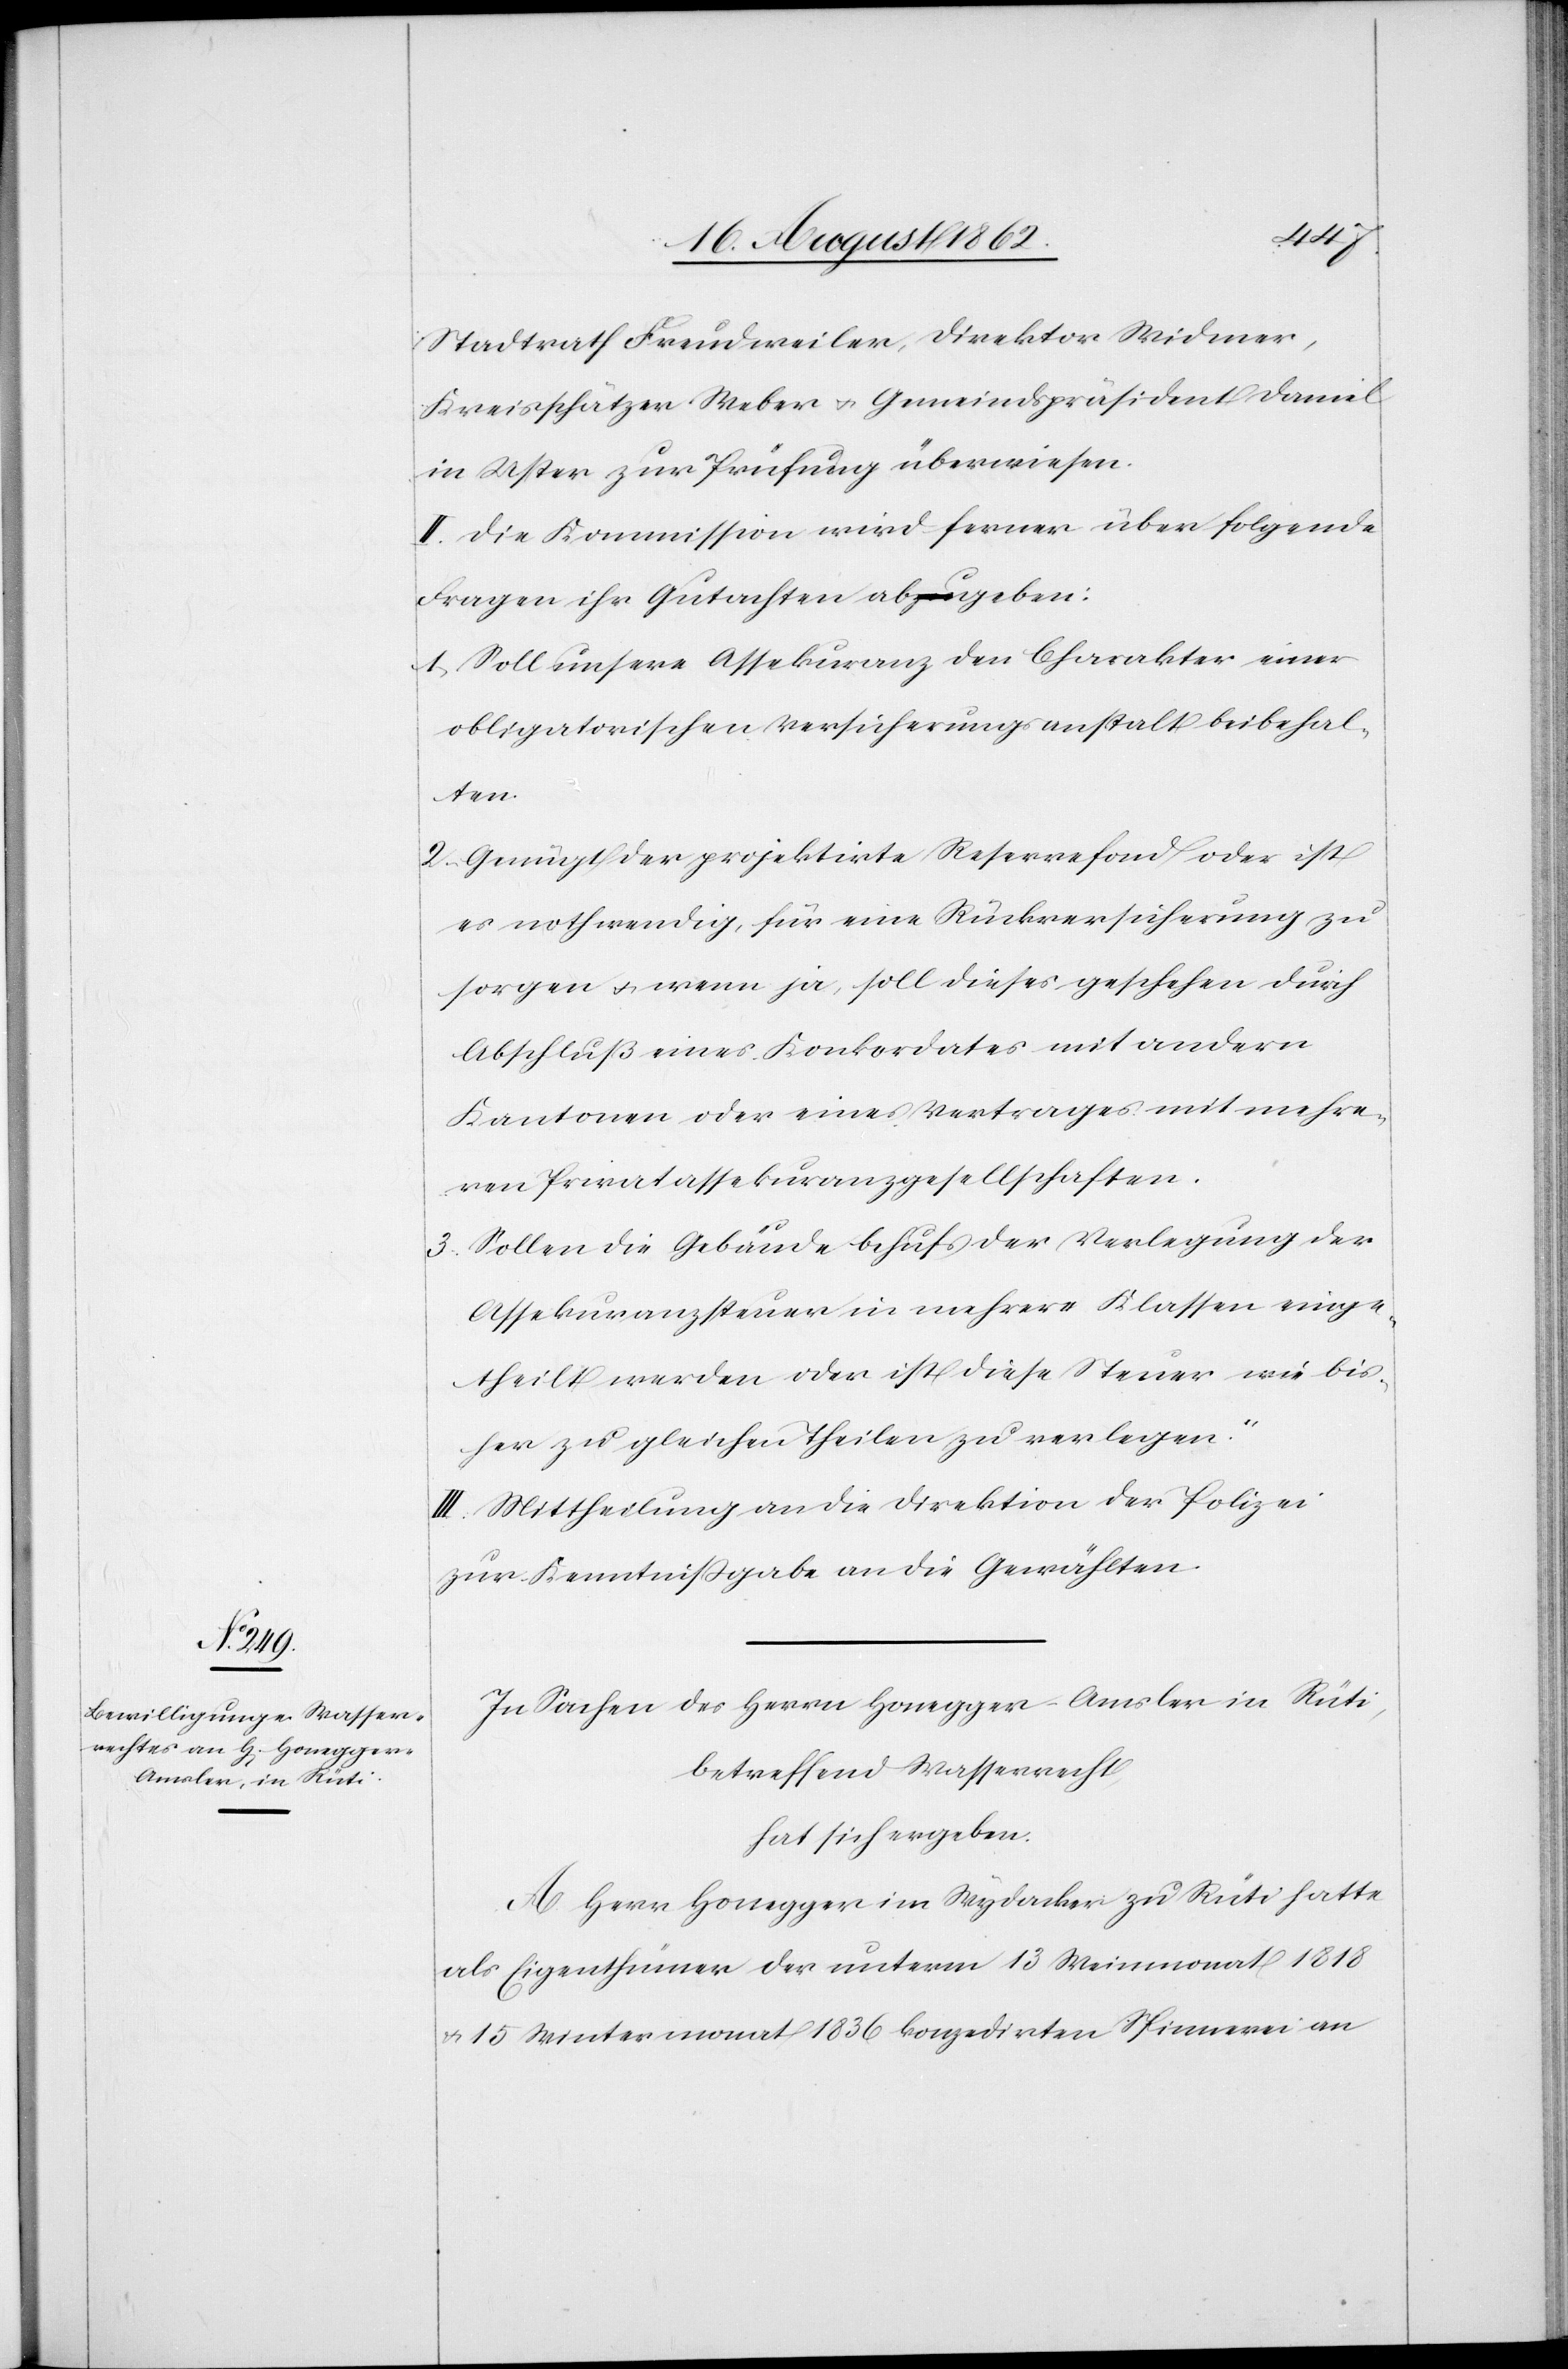
Stadtrath Freudweiler, Direktor Widmer,
Kreisschätzer Weber u. Gemeindspräsident Daniel
in Uster zur Prüfung überwiesen.
II. Die Kommission wird ferner über folgende
Fragen ihr Gutachten abgeben:
[„]1) Soll unsere Assekuranz den Charakter einer
obligatorischen Versicherungsanstalt beibehal¬
ten.
2) Genügt der projektirte Reservefond oder ist
es nothwendig, für eine Rückversicherung zu
sorgen u. wenn ja, soll dieses geschehen durch
Abschluß eines Konkordates mit andern
Kantonen oder eines Vertrages mit mehre¬
ren Privatassekuranzgesellschaften.
3. Sollen die Gebäude behufs der Verlegung der
Assekuranzsteuer in mehrere Klassen einge¬
theilt werden oder ist diese Steuer wie bis¬
her zu gleichen Theilen zu verlegen.“
III. Mittheilung an die Direktion der Polizei
zur Kenntnißgabe an die Gewählten.
In Sachen des Herrn Honegger-Amsler in Rüti,
betreffend Wasserrecht,
hat sich ergeben:
A. Herr Honegger in Wydacker zu Rüti hatte
als Eigenthümer der unterm 13. Weinmonat 1818
u. 15. Wintermonat 1836 konzedirten Spinnerei an